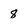
Character: 8